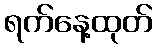
ရက်နေ့ထုတ်